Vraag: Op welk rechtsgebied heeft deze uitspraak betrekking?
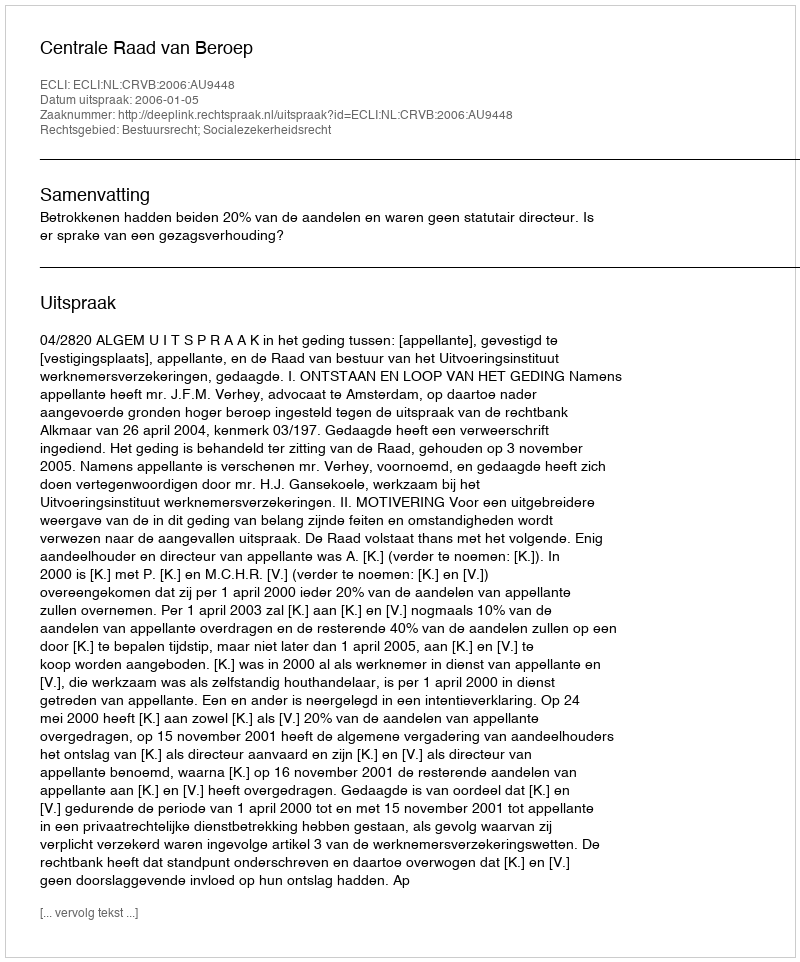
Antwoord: Bestuursrecht; Socialezekerheidsrecht